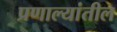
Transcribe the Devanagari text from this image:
प्रणाल्यांतील